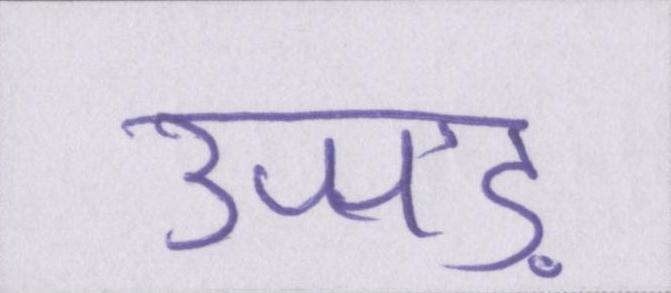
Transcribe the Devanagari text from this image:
उजड़